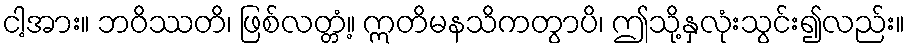
ငါ့အား။ ဘဝိဿတိ၊ ဖြစ်လတ္တံ့။ ဣတိမနသိကတွာပိ၊ ဤသို့နှလုံးသွင်း၍လည်း။